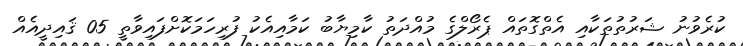
ކުރެވުނު ޝަރުތުތަކާއި އެތްގޮތައް ޕެރޯލްގެ މުއްދަތު ކާމިޔާބު ކަމާއިއެކު ފުރިހަމަކޮށްފައިވާތީ 05 ޤައިދީއެއް